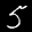
Label: 5